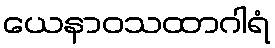
ယေနာဝသထာဂါရံ